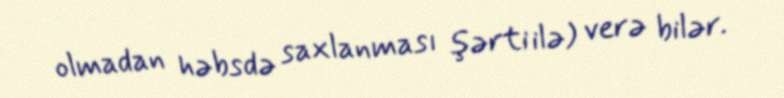
olmadan həbsdə saxlanması şərti ilə) verə bilər.